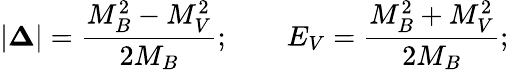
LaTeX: \vert{\mathbf\Delta}\vert=\frac{M_{B}^{2}-M_{V}^{2}}{2M_{B}};\qquad E_{V}=\frac{M_{B}^{2}+M_{V}^{2}}{2M_{B}};